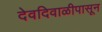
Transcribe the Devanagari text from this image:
देवदिवाळीपासून